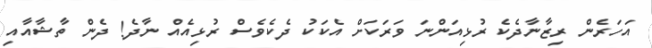
އަހަރެން ރިޒާނާދެކެ ރުޅިއަންނަ ވަރަކަށް އެކަކު ދެކެވެސް ރުޅިއެއް ނާދެ! ދެން ތާޝާއާއި